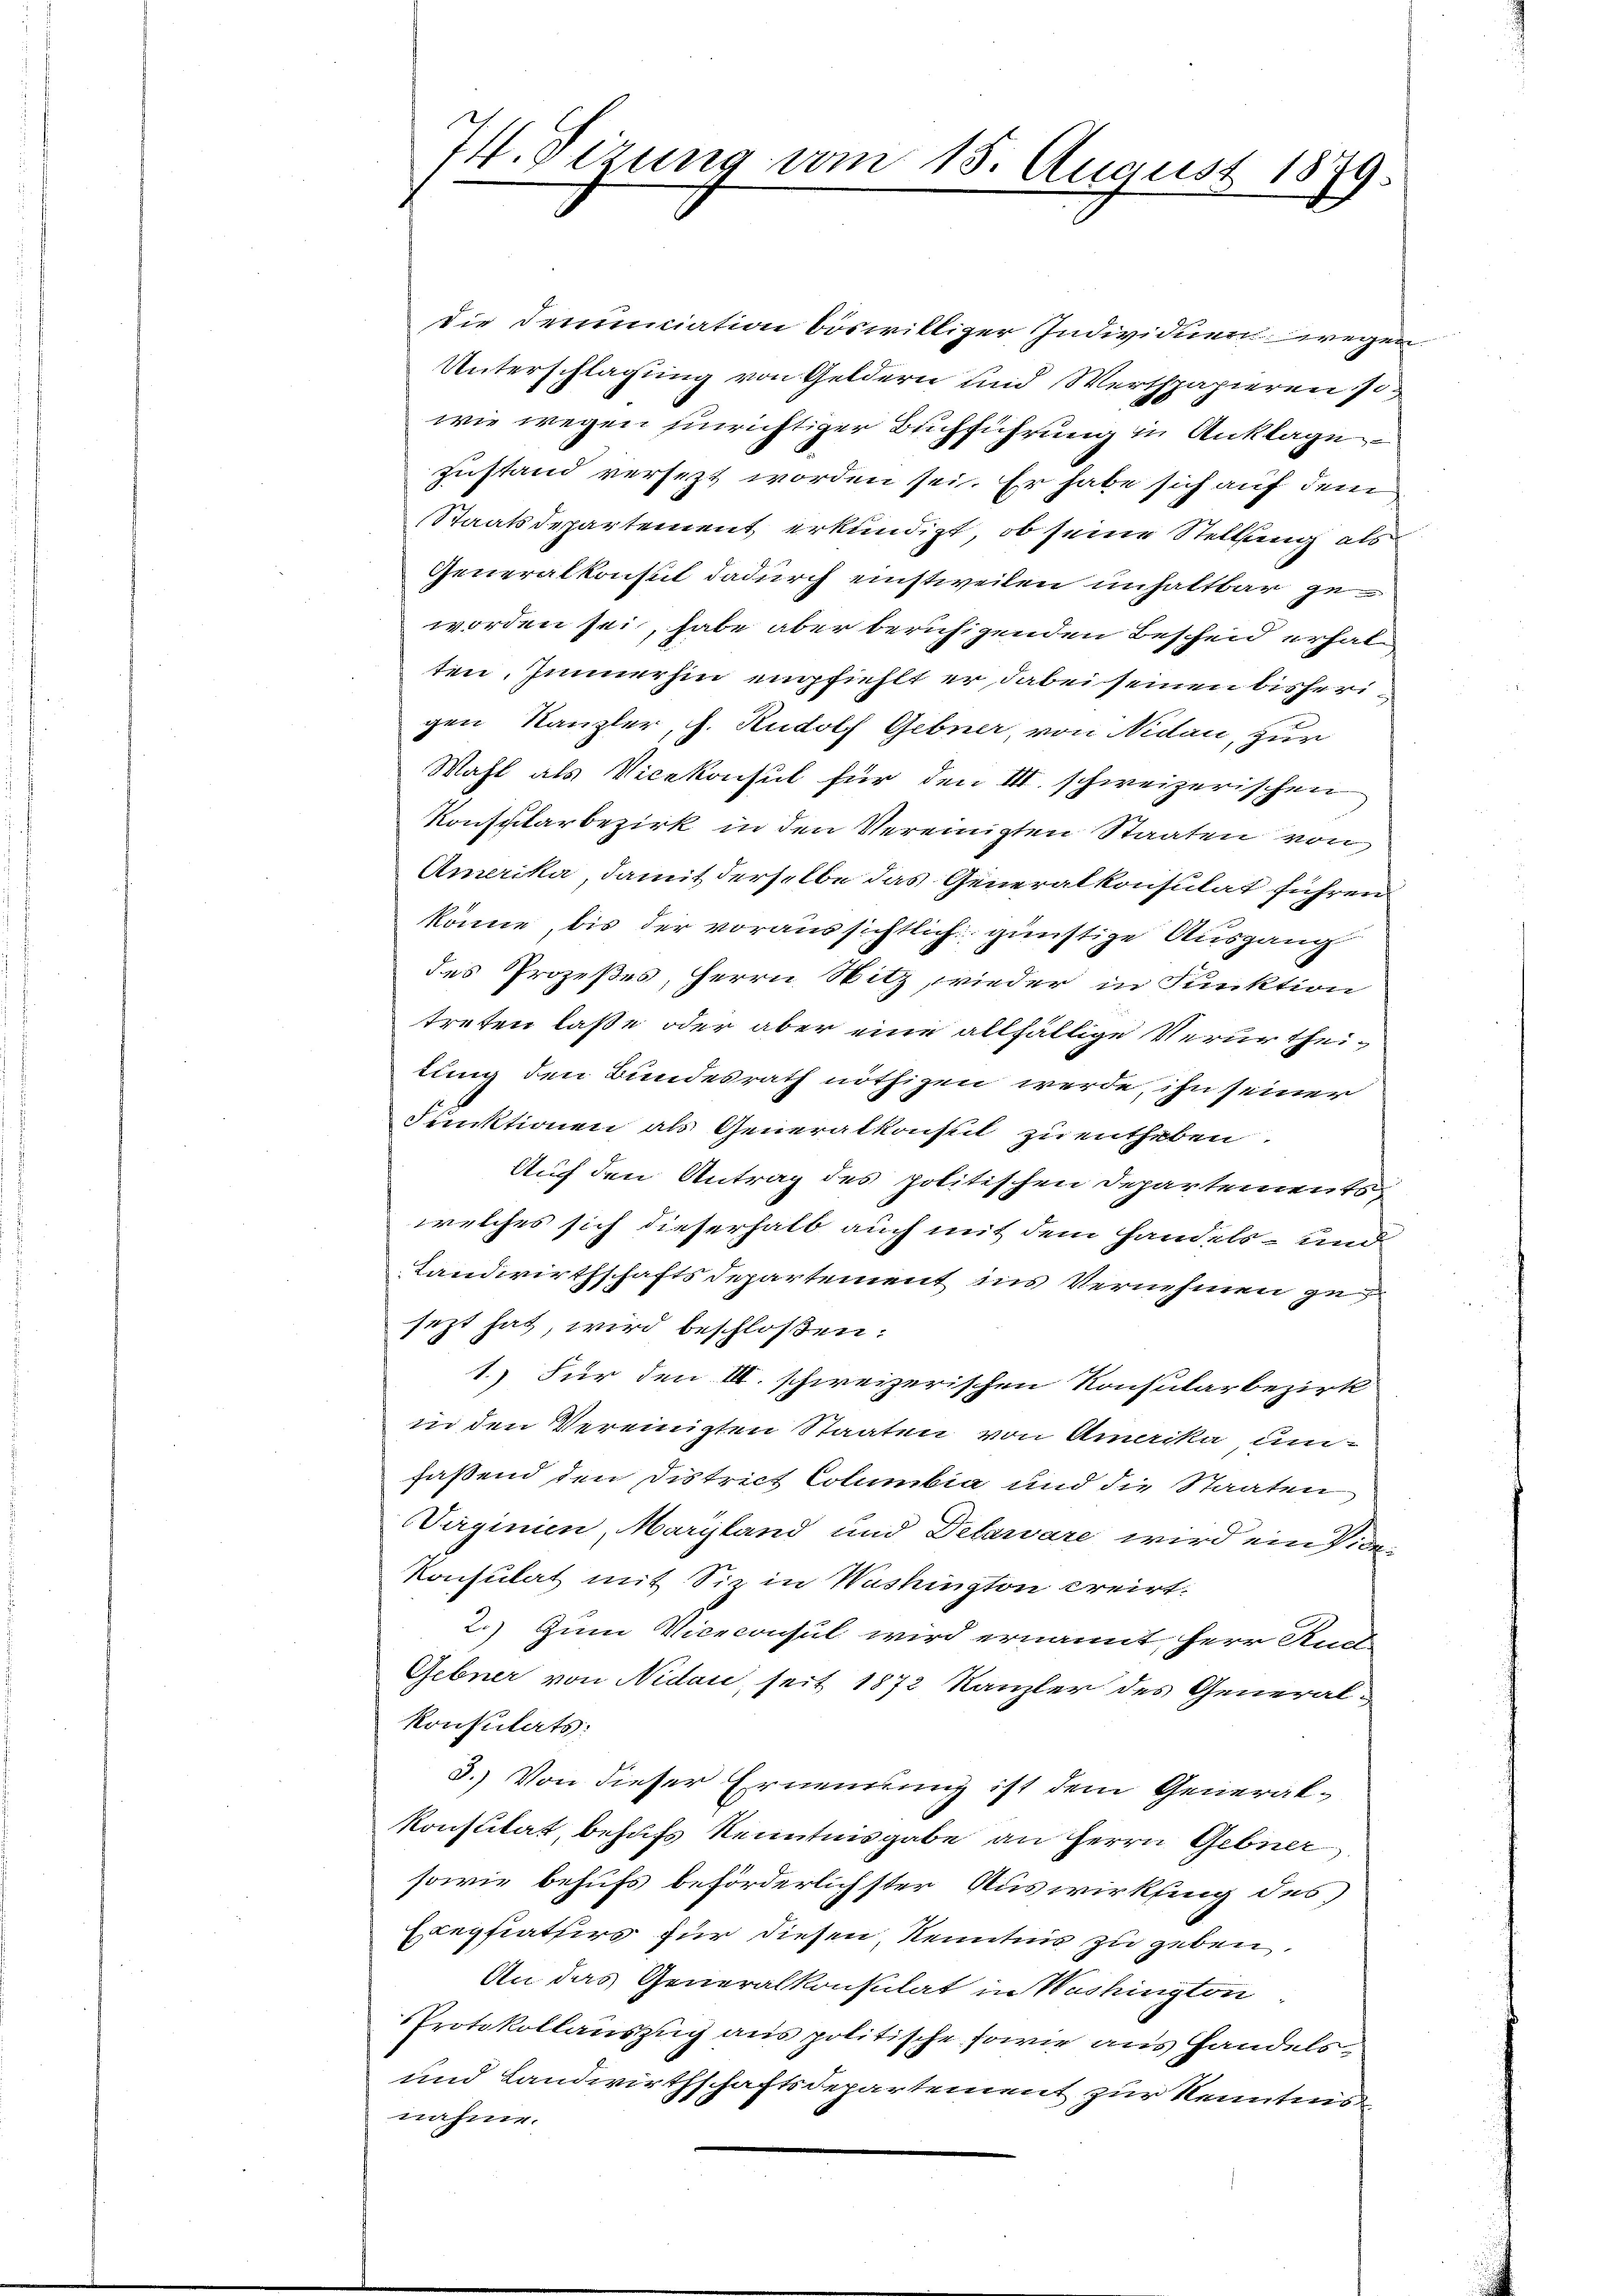
74. Sizung vom 15. August 1879.

die Denunciation böswilliger Individuen wegen
Unterschlagung von Geldern und Werthpapieren i
wie wegen Einrichtiger Buchführung in Anklage
zustand versezt worden sei. Er habe sich auf dem
Staatsdepartement erkundigt, ob seine Stellung als
Generalkonsul dadurch einstweilen unhaltbar geworden sei, habe aber beruhigenden Bescheid erhalten, Immerhin empfiehlt er dabei seinen bisherigen Kanzler, s. Rudolf Gebner, von Nidau, zur
Wahl als Vicekonsul für den III. schweizerischen
Konsularbezirk in den Vereinigten Staaten von
Amerika, damit derselbe das Generalkonsulat führen
könne, bis der voraussichtlich günstige Ausgang
das Prozeßes, Herrn Nitz, wieder in Funktion
treten laße oder aber eine allfällige Verurtheitung den Bundesrath nöthigen werde, ihn seiner
Funktionen als Generalkonst zu entheben.
Auf den Antrag des politischen Departements-
welches sich dieserhalb auch mit dem Handels- und
Landwirthschaftsdepartement ins Vernehmen zu
sezt hat, wird beschloßen:
1.) Für den III. schweizerischen Konsularbezirk
in den Vereinigten Staaten von Amerika, umfaßend den District Columbia und die Staaten
Virginien, Maryland und Delarvare wird ein Vice-
Konsulat mit Siz in Washington creirt.
2.) Zum Viceconsul wird ernannt, Herr Auch
Gebner von Nidau, seit 1872 Kanzler des General-
konsulats:
3.) Von dieser Ernennung ist dem Generalkonsulat, behufs Kenntnisgabe an Herrn Gebner
sowie behufs beförderlichster Auswirkling des
Elepsiaters für diesen Kenntnis zu geben.
An das Generalkonsulat in Washington
Protokollauszug aus politische sowie aus Handels¬
und Landwirthschaftsdepartement zur Kenntnis
nahme.